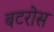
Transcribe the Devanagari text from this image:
बटरोस